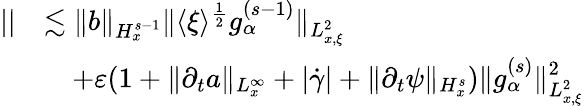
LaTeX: \begin{array}{rl}{||}&{\lesssim\| b\| _{H_{x}^{s-1}}\| \langle\xi\rangle^{\frac{1}{2}}g_{\alpha}^{(s-1)}\| _{L_{x,\xi}^{2}}}\\ &{\quad+\varepsilon(1+\| \partial_{t}a\| _{L_{x}^{\infty}}+|\dot{\gamma}|+\| \partial_{t}\psi\| _{H_{x}^{s}})\| g_{\alpha}^{(s)}\| _{L_{x,\xi}^{2}}^{2}}\end{array}